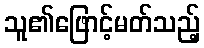
သူ၏ဖြောင့်မတ်သည့်